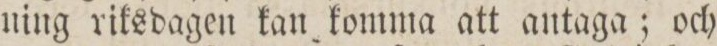
ning riksdagen kan komma att antaga; och